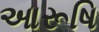
આરૂષિ